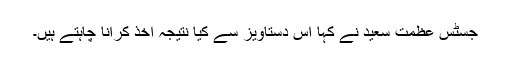
جسٹس عظمت سعید نے کہا اس دستاویز سے کیا نتیجہ اخذ کرانا چاہتے ہیں۔